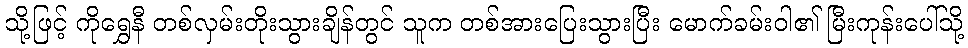
သို့ဖြင့် ကိုရွှေနီ တစ်လှမ်းတိုးသွားချိန်တွင် သူက တစ်အားပြေးသွားပြီး မောက်ခမ်းဝါ၏ မြီးကုန်းပေါ်သို့